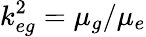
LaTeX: k_{eg}^{2}=\mu_{g}/\mu_{e}